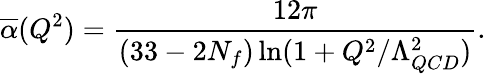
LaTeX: \overline{{{\alpha}}}(Q^{2})={\frac{12\pi}{(33-2N_{f})\ln(1+Q^{2}/\Lambda_{QCD}^{2})}}.